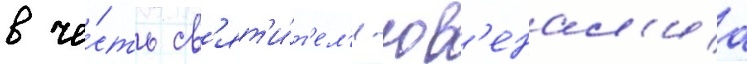
в че́сть св'ят'и́т'ел'я юв'енал'иа